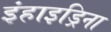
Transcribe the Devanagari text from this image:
इंहाइड्रिना